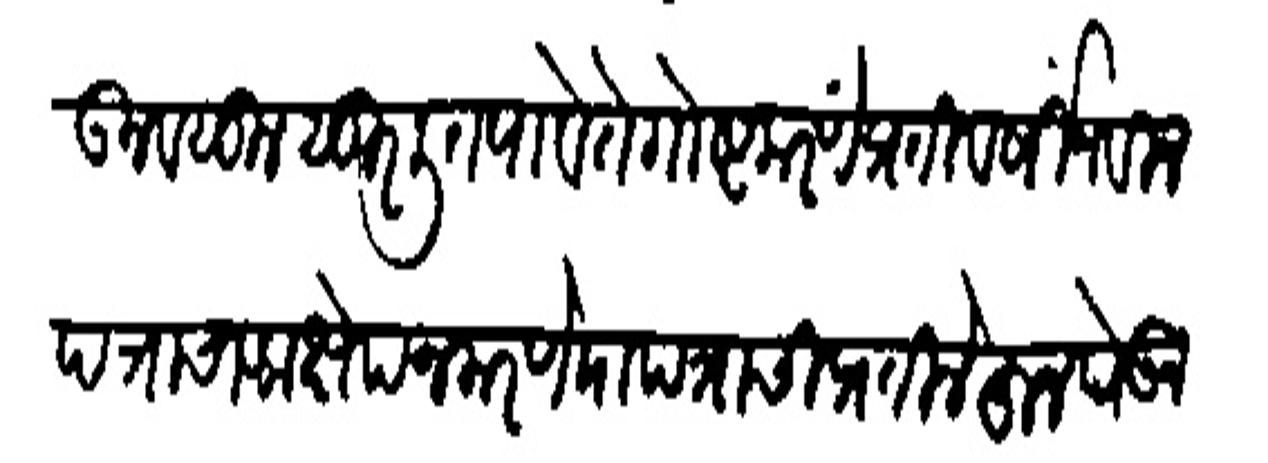
Transliteration (Devanagari): कन बसूल सुरलित पावे ते गोष्ट करणें प्रतिवर्षों नवीन पत्राचा आक्षेप न करणे या पत्राची प्रती लेहन पेकते